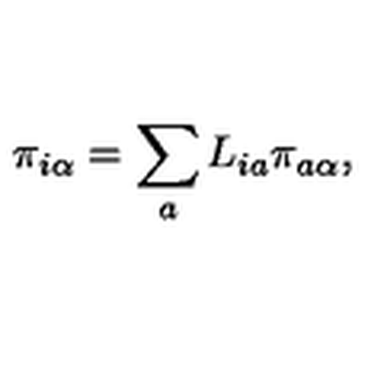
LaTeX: \pi _ { i \alpha } = \sum _ { a } L _ { i a } \pi _ { a \alpha } ,